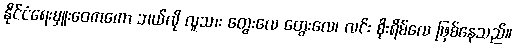
နိုင်ငံရေးမှူးဝေကကော ဘယ်လို လူသား တွေးလေ တွေးလေ၊ လင်း စိုးရိမ်လေ ဖြစ်နေသည်။